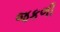
જકળી